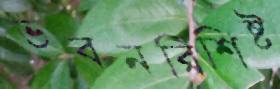
ভবনবিশিষ্ট